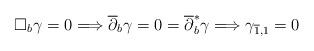
LaTeX: \begin{align*}\square _{b}\gamma =0\Longrightarrow \overline{\partial }_{b}\gamma =0=\overline{\partial }_{b}^{\ast }\gamma \Longrightarrow \gamma _{\overline{1},1}=0 \end{align*}